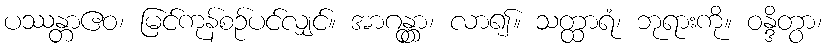
ပဿန္တာဧဝ၊ မြင်ကုန်စဉ်ပင်လျှင်။ အာဂန္တွာ၊ လာ၍။ သတ္ထာရံ၊ ဘုရားကို။ ဝန္ဒိတွာ၊